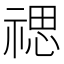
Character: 禗